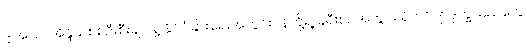
ဒါ့အပြင် အိန္ဒိယစစ်ဦးစီးချုပ်နဲ့ နိုင်ငံခြားရေးအတွင်းဝန်တို့ရဲ့ ခရီးစဉ်အတွင်း ရိုဟင်ဂျာဒုက္ခသည်တွေ